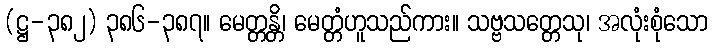
(ဋ္ဌ-၃၈၂) ၃၈၆-၃၈၇။ မေတ္တန္တိ၊ မေတ္တံဟူသည်ကား။ သဗ္ဗသတ္တေသု၊ အလုံးစုံသော